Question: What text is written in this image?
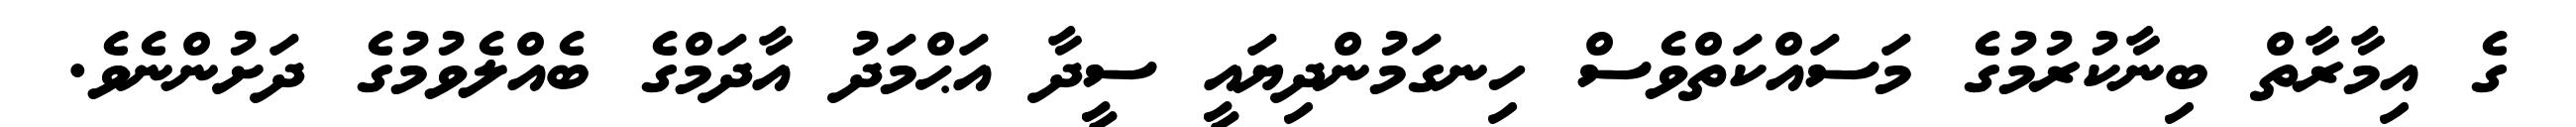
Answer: ގެ އިމާރާތް ބިނާކުރުމުގެ މަސައްކަތްވެސް ހިނގަމުންދިޔައީ ސީދާ އަޙްމަދު އާދަމްގެ ބެއްލެވުމުގެ ދަށުންނެވެ.